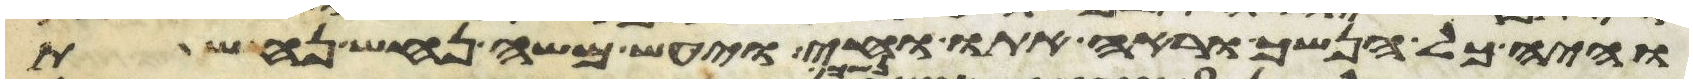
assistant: והיה כל הנשך וראה אתו וחי ויעש משה נחש נחשת